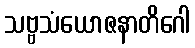
သဗ္ဗသံယောဇနာတိဂေါ